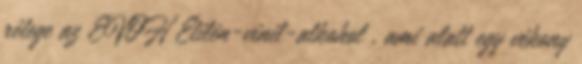
rétege az EVOH Etilén-vinil-alkohol , ami alatt egy vékony